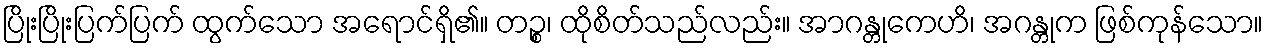
ပြိုးပြိုးပြက်ပြက် ထွက်သော အရောင်ရှိ၏။ တဉ္စ၊ ထိုစိတ်သည်လည်း။ အာဂန္တုကေဟိ၊ အဂန္တုက ဖြစ်ကုန်သော။